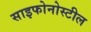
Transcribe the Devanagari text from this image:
साइफोनोस्टील